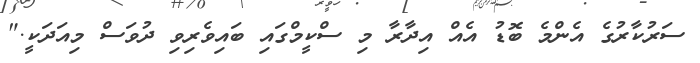
ސަރުކާރުގެ އެންމެ ބޮޑު އެއް އިދާރާ މި ސްކީމްގައި ބައިވެރިވި ދުވަސް މިއަދަކީ."